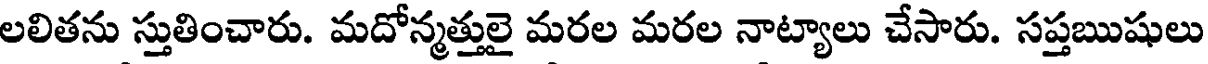
లలితను స్తుతించారు. మదోన్మత్తులై మరల మరల నాట్యాలు చేసారు. సప్తఋషులు